Jaan_Tonisson_(Lasteleht), lk 166
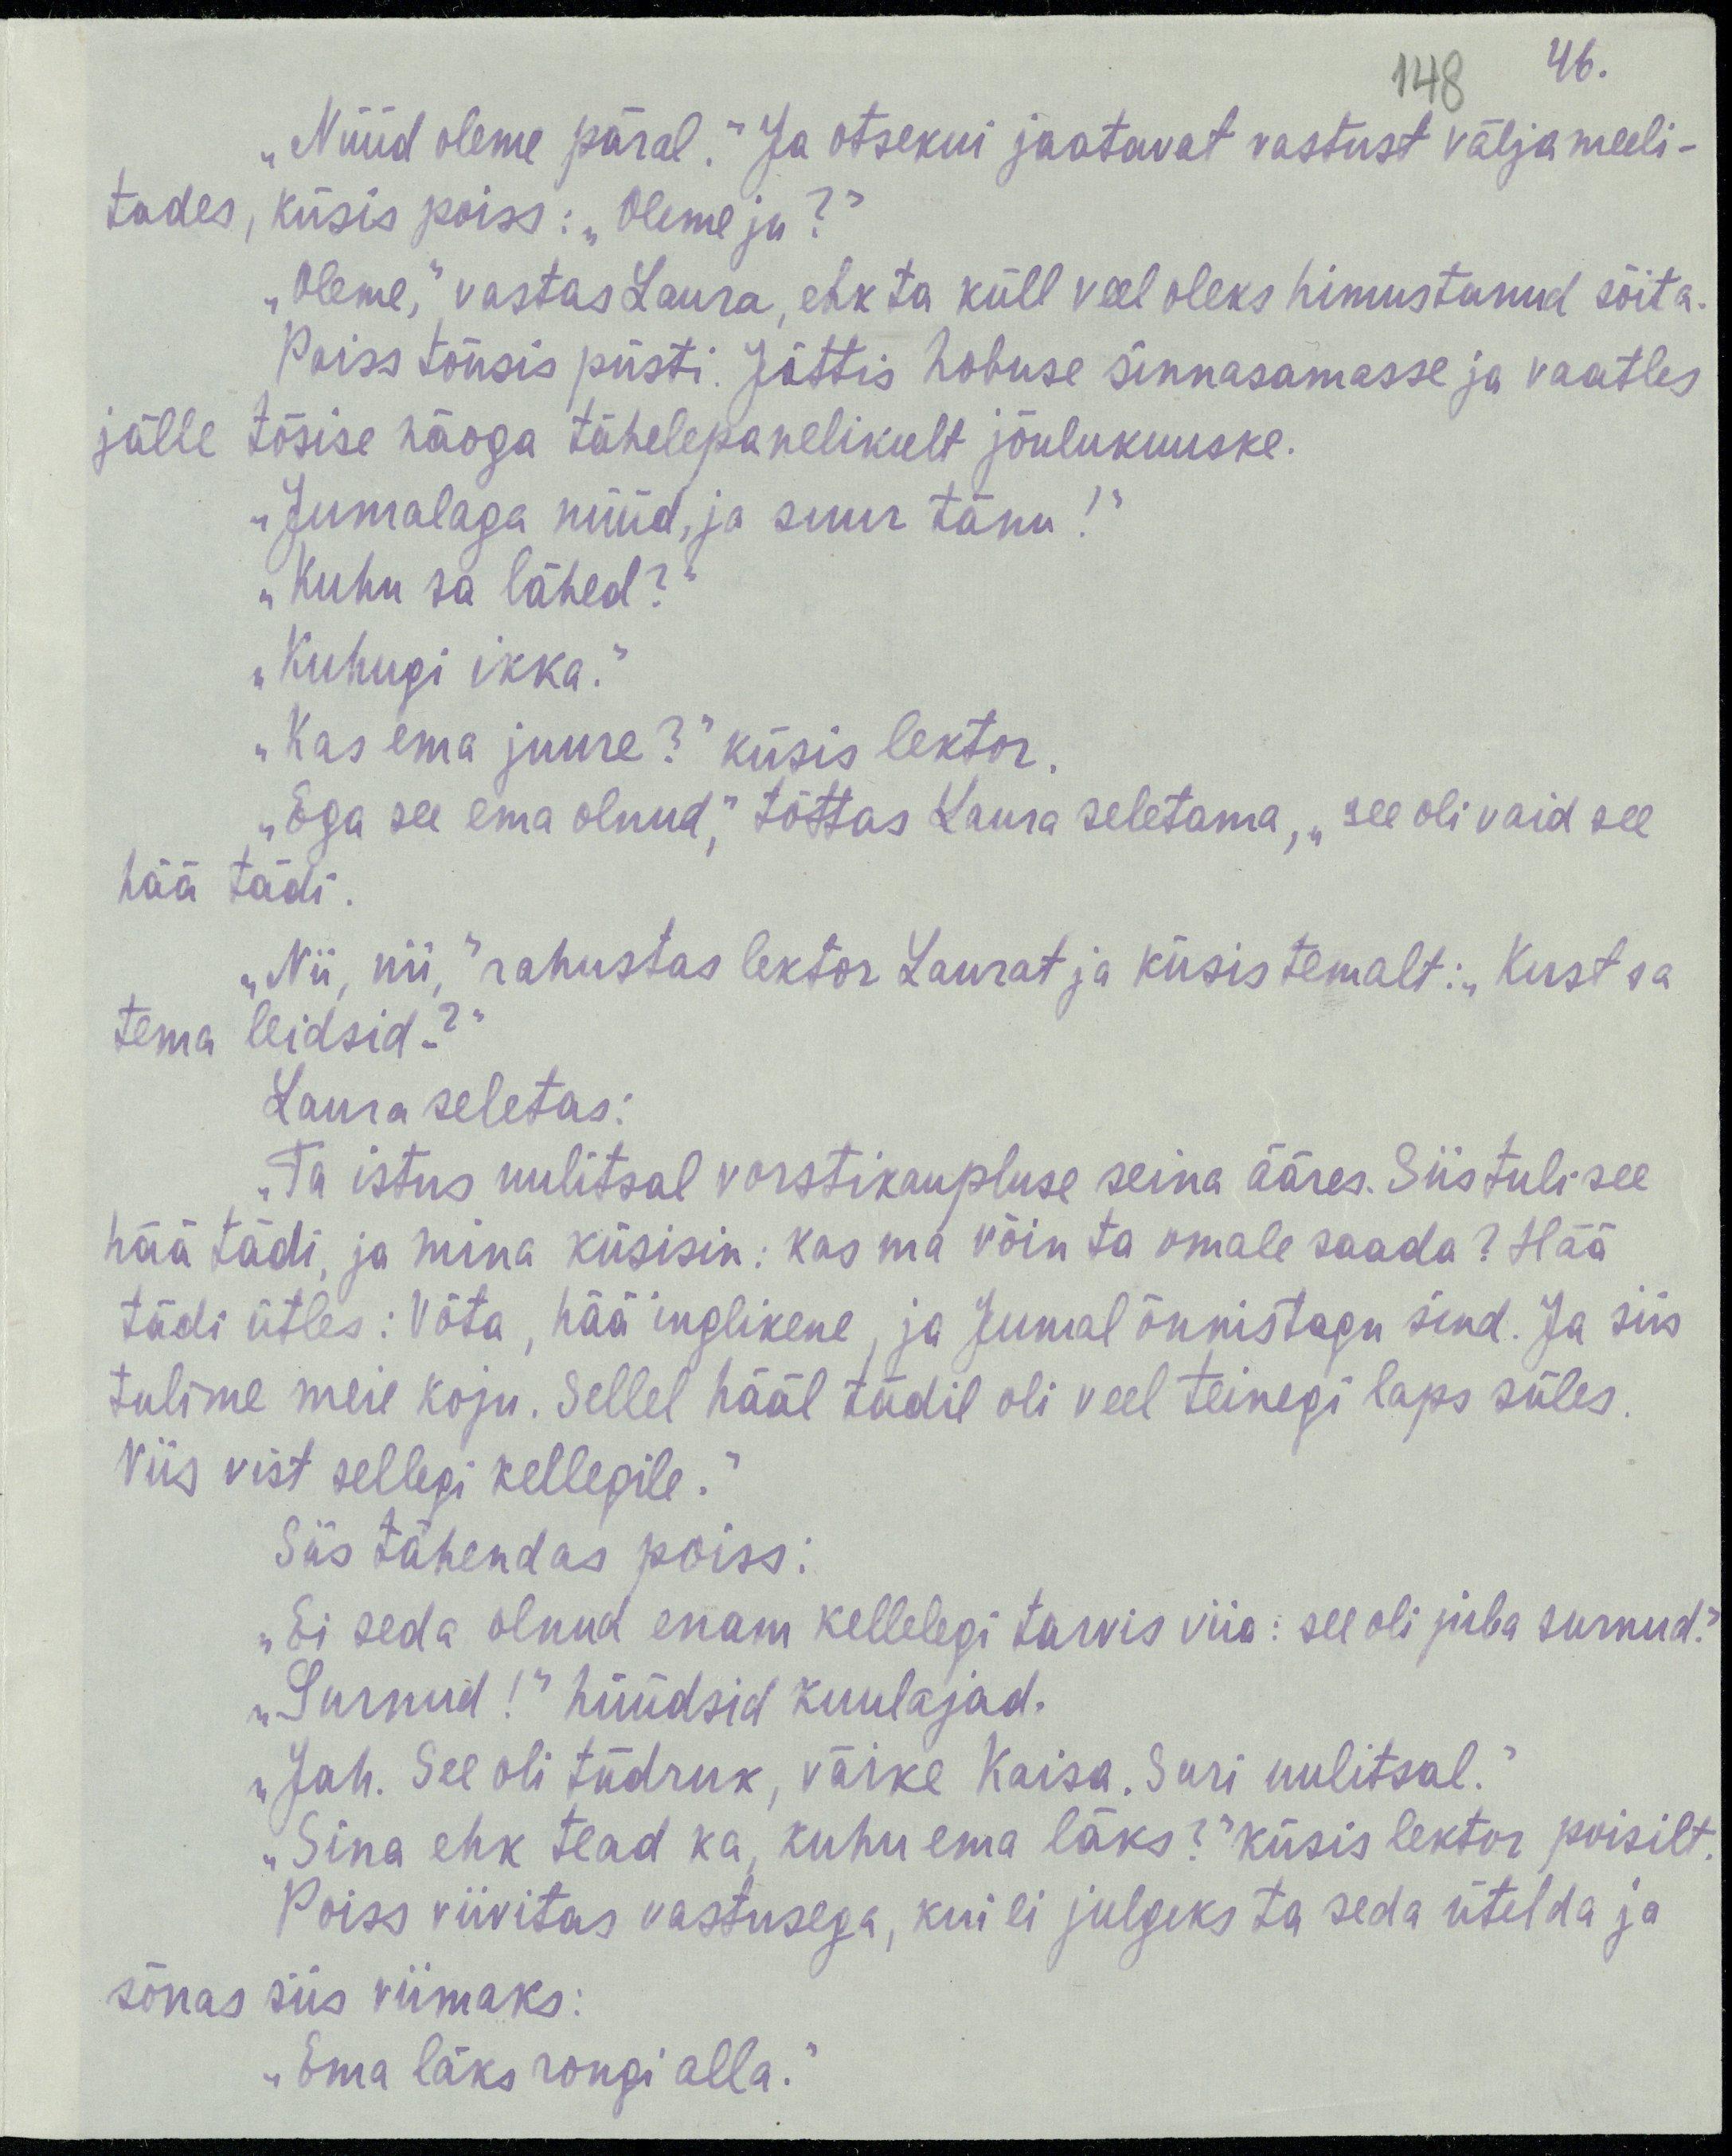
46.
148
„Nüüd oleme päral.“ Ja otsekui jaatavat vastust välja meeli-
tades, küsis poiss: „Oleme ju?“
„Oleme,“ vastas Laura, ehk ta küll veel oleks himustanud sõita.
Poiss tõusis püsti. Jättis hobuse sinnasamasse ja vaatles
jälle tõsise näoga tähelepanelikult jõulukuuske.
„Jumalaga nüüd, ja suur tänu!“
„Kuhu sa lähed?“
„Kuhugi ikka.“
„Kas ema juure?“ küsis lektor.
„Ega see ema olnud,“ tõttas Laura seletama, „see oli vaid see
hää tädi.
„Nii, nii,“ rahustas lektor Laurat ja küsis temalt: „Kust sa
tema leidsid?“
Laura seletas:
„Ta istus uulitsal vorstikaupluse seina ääres. Siis tuli see
hää tädi ja mina küsisin: kas ma võin ta omale saada? Hää
tädi ütles: Võta, hää inglikene, ja Jumal õnnistagu sind. Ja siis
tulime meie koju. Sellel hääl tädil oli veel teinegi laps süles.
Viis vist sellegi kellegile.“
Siis tähendas poiss:
„Ei seda olnud enam kellelegi tarvis viia: see oli juba surnud.“
„Surnud!“ hüüdsid kuulajad.
„Jah. See oli tüdruk, väike Kaisa. Suri uulitsal.“
„Sina ehk tead ka, kuhu ema läks?“ küsis lektor poisilt.
Poiss viivitas vastusega, kui ei julgeks ta seda ütelda ja
sõnas siis viimaks:
„Ema läks rongi alla.“